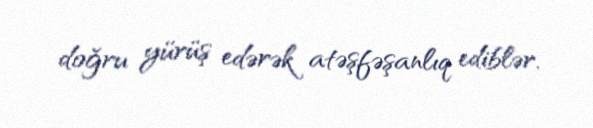
doğru yürüş edərək atəşfəşanlıq ediblər.